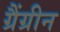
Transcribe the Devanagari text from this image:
ग्रैंग्रीन